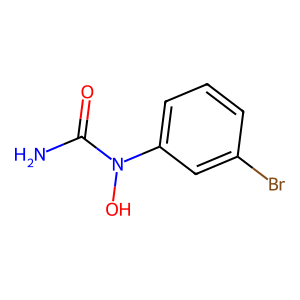
SMILES: NC(=O)N(O)c1cccc(Br)c1
Inhibits HIV replication: No